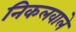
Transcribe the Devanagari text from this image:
निकलवाले